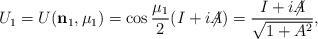
LaTeX: \begin{align*} U_1 = U({\bf n}_1,\mu_1) = \cos{\frac{\mu_1}2}(I+i{\not\!\! A}) = {I+i{\not\!\! A}\over\sqrt{1+A^2}},\end{align*}